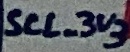
Text: SCL_3V3